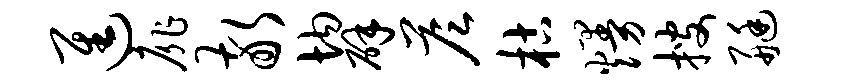
进扉敬均辟答枯熳搜艇